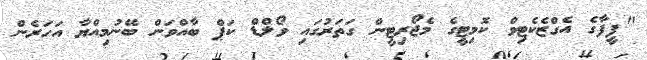
"ފީފާގެ އެގްޒެކެޓިވް ކޮމިޓީގެ މެޖޯރިޓީން ގަތަރުގައި ވޯލްޑް ކަޕް ބާއްވަން ބޭނުމިއްޔާ އަހަރެން